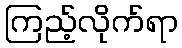
ကြည့်လိုက်ရာ